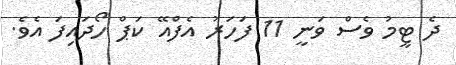
ދެ ޓީމު ވެސް ވަނީ 11 ފަހަރު އެފްއޭ ކަޕް ހޯދައިފަ އެވެ.